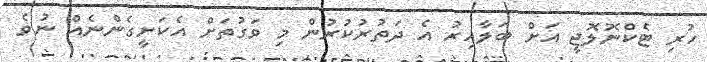
ހުރި ޓެކްނޮލޮޖީ އަށް ބަލާއިރު އެ ދަތުރުކުރުން މި ވަގުތަށް އެކަށީގެންނެއް ނުވެ